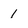
Character: 1